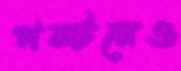
পল্টনেও